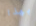
بهذا